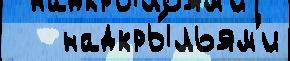
   надкры́льям'и